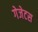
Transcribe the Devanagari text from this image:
गेजेटस